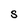
Character: S